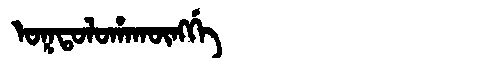
Manchu: ᠣᡴᡨᠣᠯᠣᡥᠠᡴᡡᠩᡤᡝ
Romanization: OKTOLOHAKŪNGGE